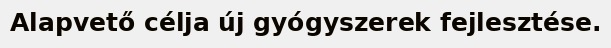
Alapvető célja új gyógyszerek fejlesztése.